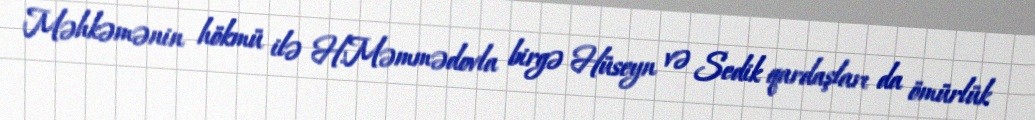
Məhkəmənin hökmü ilə H.Məmmədovla birgə Hüseyn və Sedik qardaşları da ömürlük